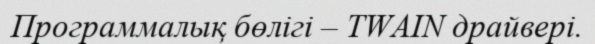
Программалық бөлігі – TWAIN драйвері.